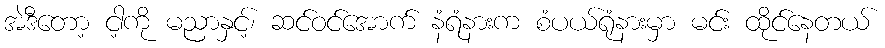
အဲဒီတော့ ငါ့ကို မညာနှင့်၊ ဆင်ဝင်အောက် နံရံနားက စံပယ်ရုံနားမှာ မင်း ထိုင်နေတယ်